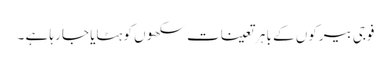
فوجی بیرکوں کے با ہر تعینات سکھوں کو ہٹایا جا رہا ہے ۔